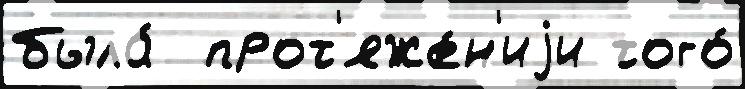
была́  прот'яже́н'иjи того́